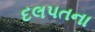
દલપતના